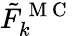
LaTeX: \tilde{F}_{k}^{\mathrm{~M~C~}}